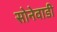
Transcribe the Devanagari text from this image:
सोनेवाडी